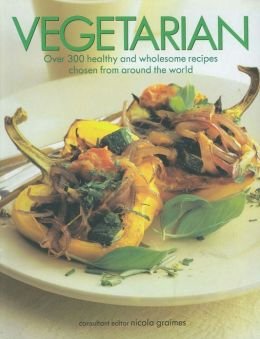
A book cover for Vegetarian; Nicola Graimes; Health, Fitness & Dieting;